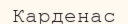
Карденас